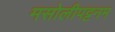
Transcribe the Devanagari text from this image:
मसोलीपट्टनम